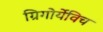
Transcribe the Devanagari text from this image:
ग्रिगोर्येविच